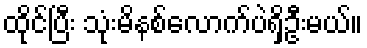
ထိုင်ပြီး သုံးမိနစ်လောက်ပဲရှိဦးမယ်။